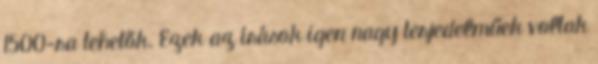
1500-ra tehetők. Ezek az írások igen nagy terjedelműek voltak